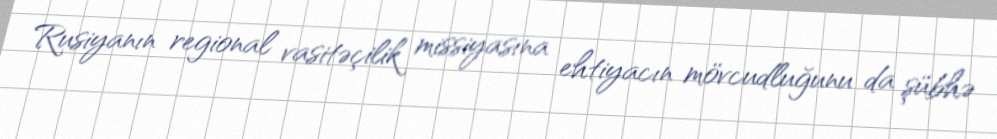
Rusiyanın regional vasitəçilik missiyasına ehtiyacın mövcudluğunu da şübhə